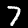
Label: 7